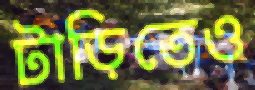
টাড়িতেও